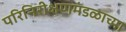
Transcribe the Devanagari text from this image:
परिनिरीक्षणमंडळाच्या